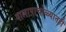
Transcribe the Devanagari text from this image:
पालापाचोळ्यातही